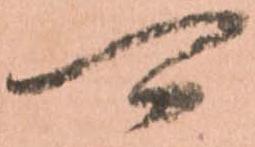
可